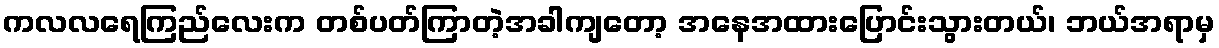
ကလလရေကြည်လေးက တစ်ပတ်ကြာတဲ့အခါကျတော့ အနေအထားပြောင်းသွားတယ်၊ ဘယ်အရာမှ